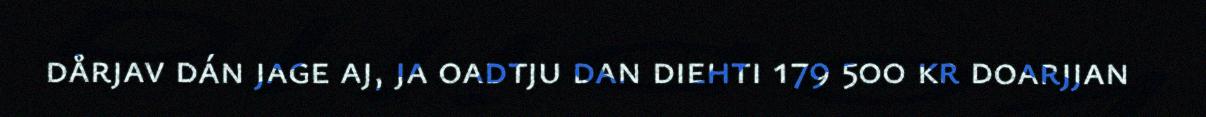
dårjav dán jage aj, ja oadtju dan diehti 179 500 kr doarjjan